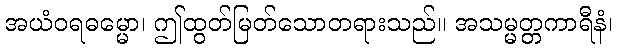
အယံဝရဓမ္မော၊ ဤထွတ်မြတ်သောတရားသည်။ အသမ္မတ္တကာရီနံ၊